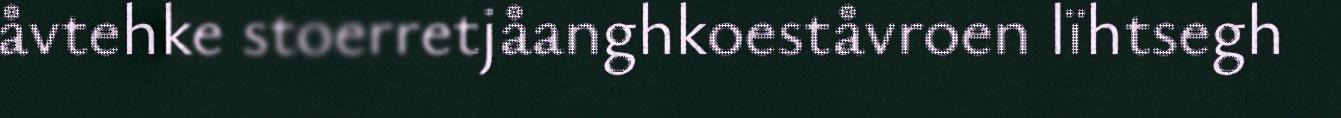
åvtehke stoerretjåanghkoeståvroen lïhtsegh